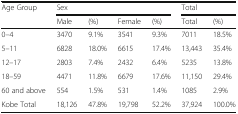
| <ROWSPAN=2> Age Group | <COLSPAN=4> Sex | <COLSPAN=2> Total |
 | Male | (%) | Female | (%) | Total | (%) |
 | --- | --- | --- | --- | --- | --- | --- |
 | 0–4 | 3470 | 9.1% | 3541 | 9.3% | 7011 | 18.5% |
 | 5–11 | 6828 | 18.0% | 6615 | 17.4% | 13,443 | 35.4% |
 | 12–17 | 2803 | 7.4% | 2432 | 6.4% | 5235 | 13.8% |
 | 18–59 | 4471 | 11.8% | 6679 | 17.6% | 11,150 | 29.4% |
 | 60 and above | 554 | 1.5% | 531 | 1.4% | 1085 | 2.9% |
 | Kobe Total | 18,126 | 47.8% | 19,798 | 52.2% | 37,924 | 100.0% |